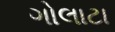
ગોલાટા